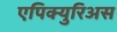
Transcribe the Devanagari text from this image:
एपिक्युरिअस